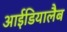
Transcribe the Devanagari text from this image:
आईडियालैब